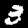
Label: 3